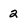
Character: 2